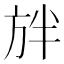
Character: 𭤲